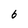
Character: 6